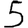
Digit: 5